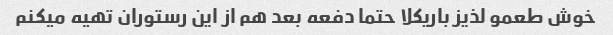
خوش طعمو لذیز باریکلا حتما دفعه بعد هم از این رستوران تهیه میکنم